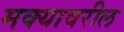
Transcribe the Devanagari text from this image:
मक्यावरील